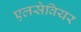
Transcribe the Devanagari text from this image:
एलसेवियर